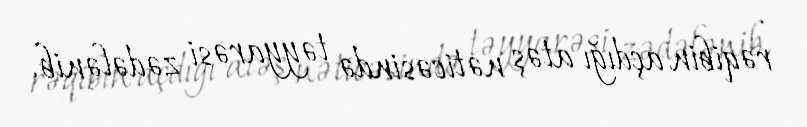
rəqibin açdığı atəş nəticəsində təyyarəsi zədələnib.